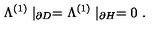
\Lambda ^ { ( 1 ) } \mid _ { \partial D } = \Lambda ^ { ( 1 ) } \mid _ { \partial H } = 0 \ .